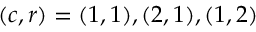
( c , r ) = { ( 1 , 1 ) , ( 2 , 1 ) , ( 1 , 2 ) }